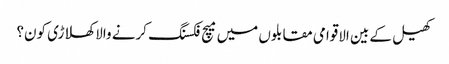
کھیل کے بین الاقوامی مقابلوں میں میچ فکسنگ کرنے والا کھلاڑی کون؟